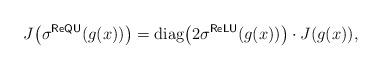
LaTeX: \begin{align*}J\bigl(\sigma^{\mathsf{ReQU}}(g(x))\bigr) =\operatorname{diag}\bigl(2\sigma^{\mathsf{ReLU}}(g(x))\bigr)\cdot J(g(x)),\end{align*}